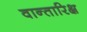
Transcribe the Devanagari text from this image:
वान्तारिक्ष